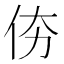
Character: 𠇴